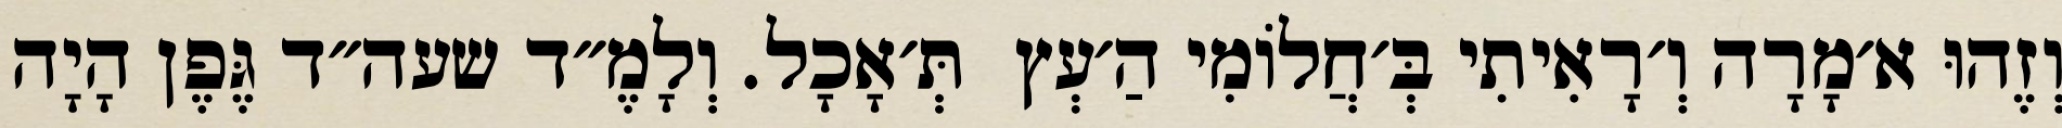
וְזֶהוּ א׳מָרָה וְ׳רָאִיתִי בְּ׳חֲלוֹמִי הַ׳עְץ  תְּ׳אָכָל. וְלָמֶ״ד שעה״ד גֶּפֶן הָיָה